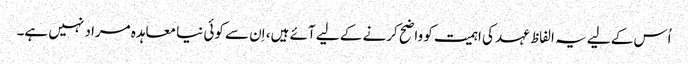
اُس کے لیے یہ الفاظ عہد کی اہمیت کو واضح کرنے کے لیے آئے ہیں، اِن سے کوئی نیا معاہدہ مراد نہیں ہے۔